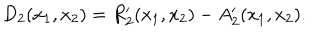
LaTeX: D _ { 2 } ( x _ { 1 } , x _ { 2 } ) = R _ { 2 } ^ { \prime } ( x _ { 1 } , x _ { 2 } ) - A _ { 2 } ^ { \prime } ( x _ { 1 } , x _ { 2 } ) .